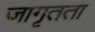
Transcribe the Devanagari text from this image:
जागृतता